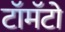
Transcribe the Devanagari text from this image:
टॉमॅटो